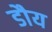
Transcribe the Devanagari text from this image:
डौय